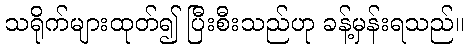
သရိုက်များထုတ်၍ ပြီးစီးသည်ဟု ခန့်မှန်းရသည်။